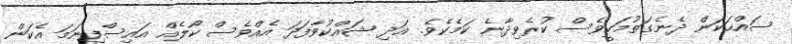
ސައްޙަކަން ދެނެގަތުމަކީވެސް ކުރެވިދާނެ ކަމެކެވެ. އަދި ޝައްކުވާފަދަ އެއްވެސް ކޯލެއް އައިސްފިނަމަ އެކަން